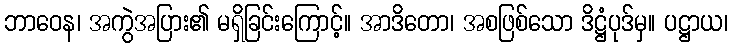
ဘာဝေန၊ အကွဲအပြား၏ မရှိခြင်းကြောင့်။ အာဒိတော၊ အစဖြစ်သော ဒိဋ္ဌံပုဒ်မှ။ ပဋ္ဌာယ၊